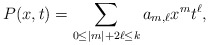
\begin{align*} P(x,t) = \sum_{0\le |m| + 2\ell \le k} a_{m,\ell} x^m t^\ell, \end{align*}